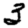
Digit: 3